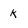
Character: k